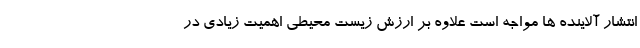
انتشار آلاینده ها مواجه است علاوه بر ارزش زیست محیطی اهمیت زیادی در